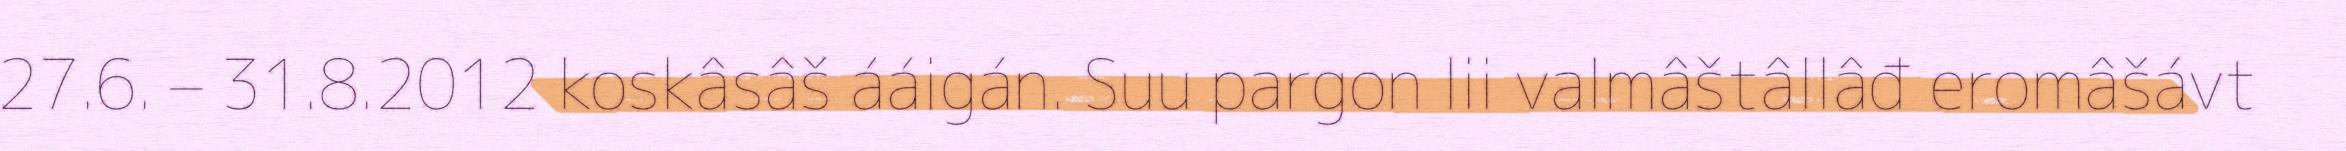
27.6. – 31.8.2012 koskâsâš ááigán. Suu pargon lii valmâštâllâđ eromâšávt